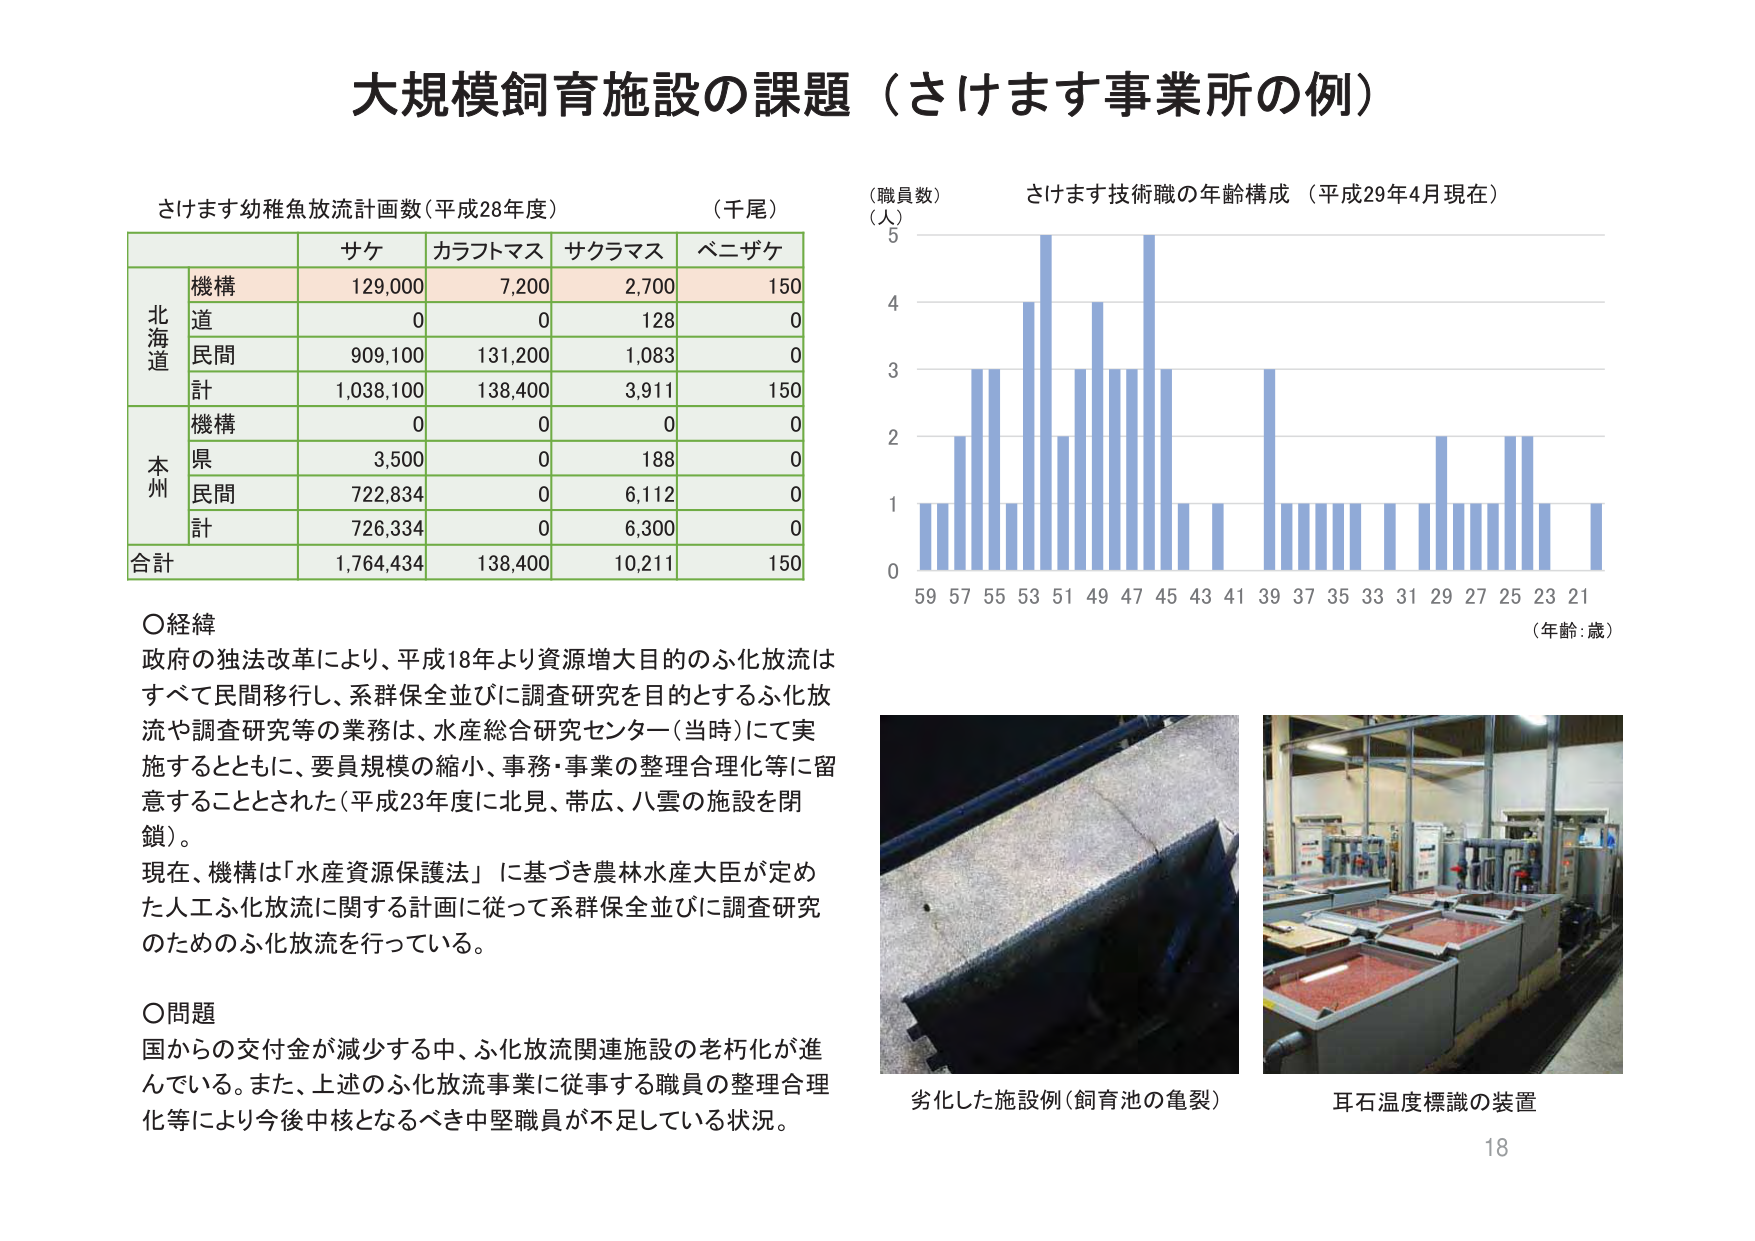
大規模飼育施設の課題（さけます事業所の例）

さけます幼稚魚放流計画数（平成28年度）　（千尾）

（職員数）
（人）
さけます技術職の年齢構成（平成29年4月現在）

　　サケ　カラフトマス　サクラマス　ベニザケ
機構　129,000　7,200　2,700　150
北海道　道　0　0　128　0
　　　民間　909,100　131,200　1,083　0
　　　計　1,038,100　138,400　3,911　150
本州　機構　0　0　0　0
　　　県　3,500　0　188　0
　　　民間　722,834　0　6,112　0
　　　計　726,334　0　6,300　0
合計　1,764,434　138,400　10,211　150

○経緯
政府の独法改革により、平成18年より資源増大目的のふ化放流は
すべて民間移行し、系群保全並びに調査研究を目的とするふ化放
流や調査研究等の業務は、水産総合研究センター（当時）にて実
施するとともに、要員規模の縮小、事務・事業の整理合理化等に留
意することとされた（平成23年度に北見、帯広、八雲の施設を閉
鎖）。
現在、機構は「水産資源保護法」に基づき農林水産大臣が定め
た人工ふ化放流に関する計画に従って系群保全並びに調査研究
のためのふ化放流を行っている。

○問題
国からの交付金が減少する中、ふ化放流関連施設の老朽化が進
んでいる。また、上述のふ化放流事業に従事する職員の整理合理
化等により今後中核となるべき中堅職員が不足している状況。

（年齢：歳）
59 57 55 53 51 49 47 45 43 41 39 37 35 33 31 29 27 25 23 21

劣化した施設例（飼育池の亀裂）
耳石温度標識の装置

18